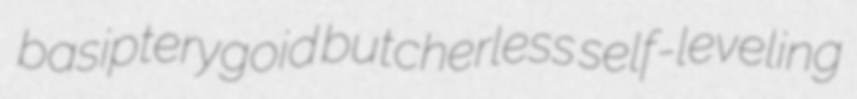
basipterygoid butcherless self-leveling